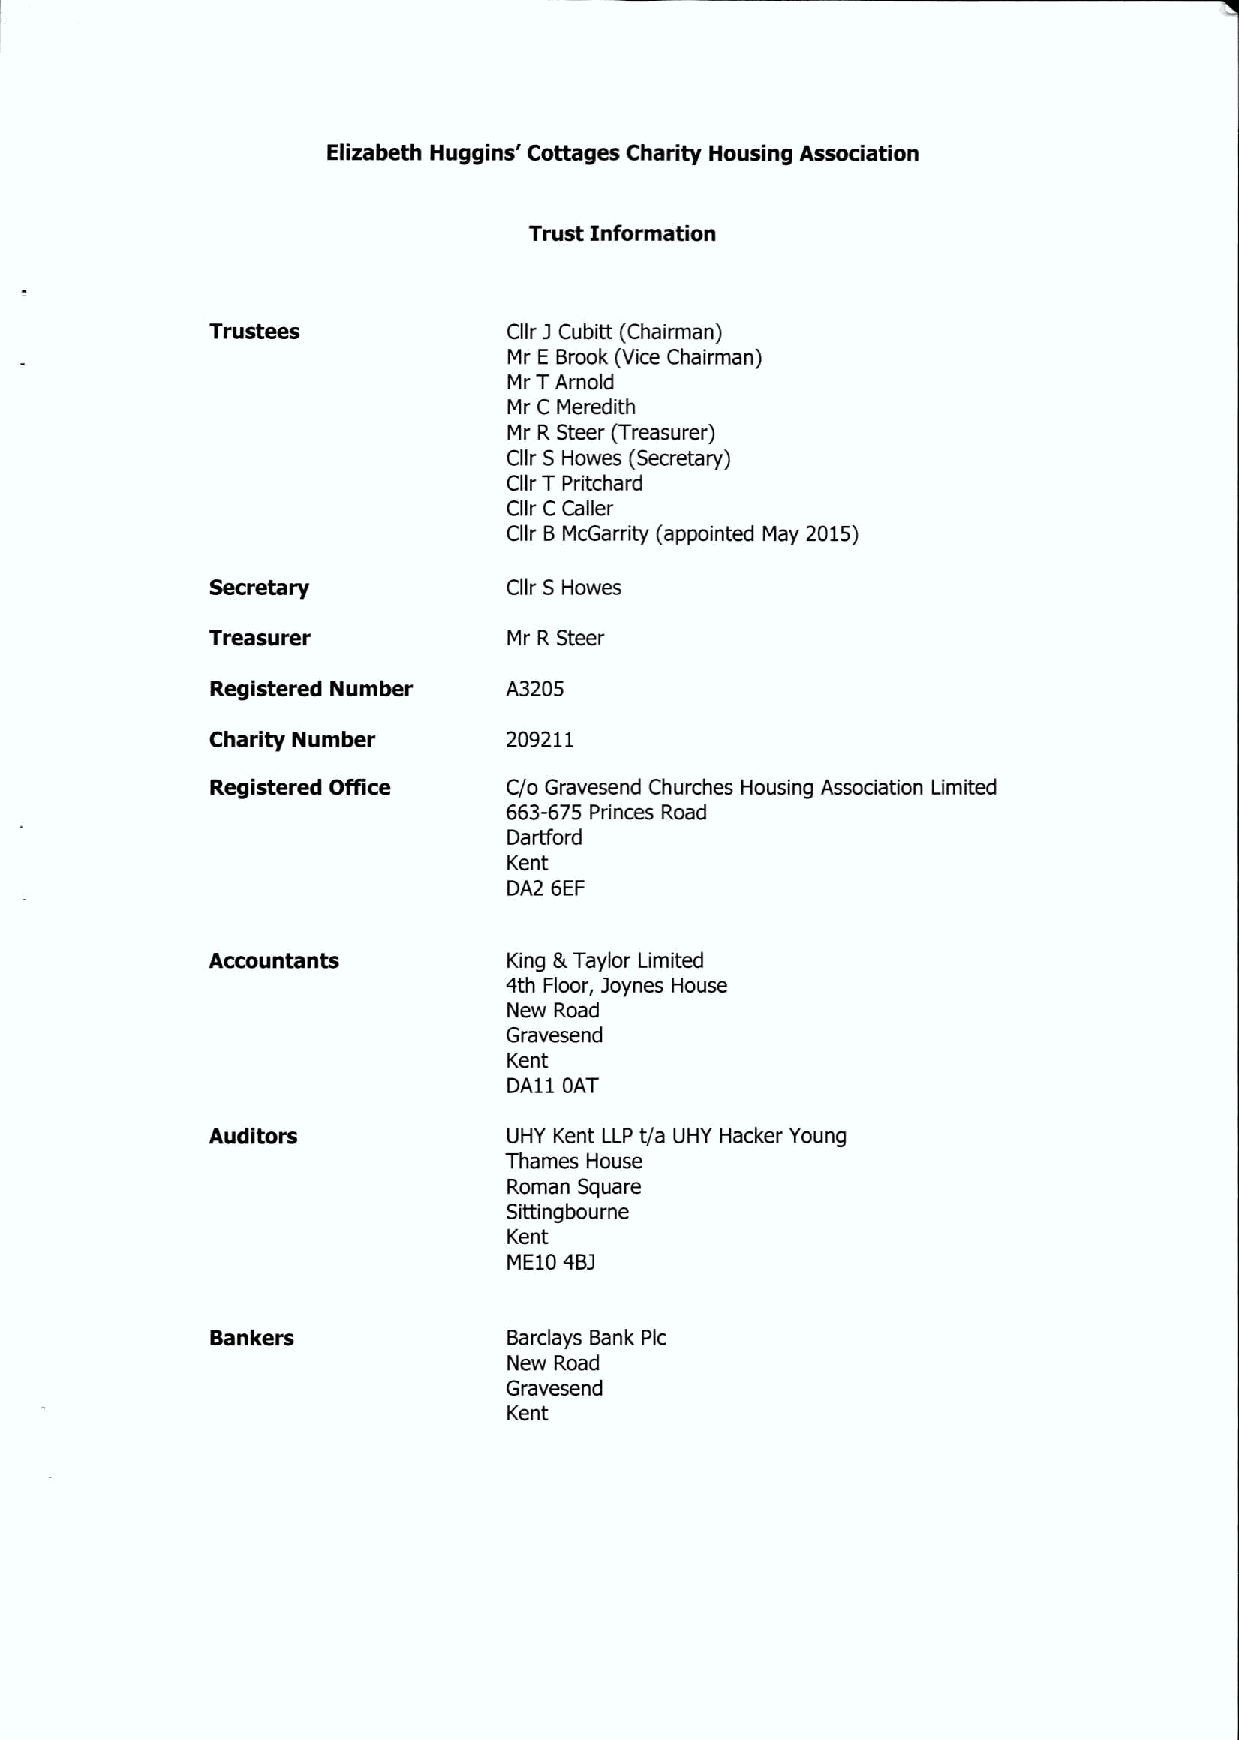
Elizabeth Huggins' Cottages Charity Housing Association
 Trust information
 j
 Trustees            Cllr Cubitt (Chairman)
 Mr E Brook (Vice Chairman)
 Mr TArnold
 Mr C Meredith
 Mr R Steer (Treasurer)
 Cllr S Howes (Secretary)
 Cllr TPritchard
 Cllr C Caller
 Cllr BMcGarrity (appointed May 2015)
 Secretary           Cllr S Howes
 Treasurer           Mr R Steer
 Registered Number  A3205
 Charity Number      209211
 Registered ONce     C/o Gravesend Churches Housing Association Limited
 663-675 Princes Road
 Dartford
 Kent
 DA2 6EF
 Accountants         King lk Taylor Limited
 4th Floor, joynes House
 New Road
 Gravesend
 Kent
 DA11 OAT
 Auditors            UHY Kent LLP t/a UHY Hacker Young
 Thames House
 Roman Square
 Sittingbourne
 Kent
 ME10 4Bj
 Bankers             Barclays Bank Pic
 New Road
 Gravesend
 Kent